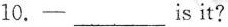
10.-___is it?